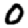
Digit: 0